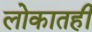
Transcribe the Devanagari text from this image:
लोकातही